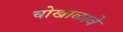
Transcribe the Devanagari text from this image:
चोखाळावे